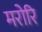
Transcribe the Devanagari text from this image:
मरोरि